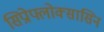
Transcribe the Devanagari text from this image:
सिप्रोफ्लोक्सासिन